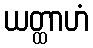
ယတ္ထာဟံ